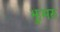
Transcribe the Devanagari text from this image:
झुमरु